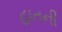
હાતની